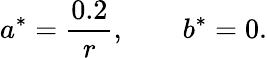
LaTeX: a^{*}=\frac{0.2}{r},\qquad b^{*}=0.